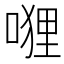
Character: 𭉭